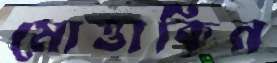
মোত্তাকিন